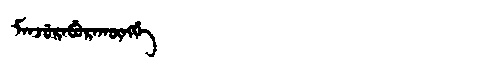
Manchu: ᠮᠠᠨᠵᡠᡵᠠᠪᡠᡵᠠᡴᡡᠩᡤᡝ
Romanization: MANJURABURAKŪNGGE